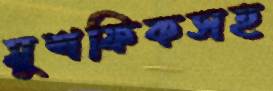
মুশফিকসহ